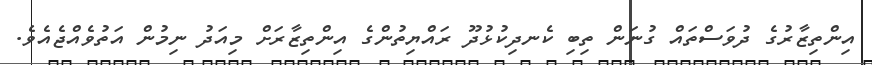
އިންތިޒާރުގެ ދުވަސްތައް ގުނަން ތިބި ކެނދިކުޅުދޫ ރައްޔިތުންގެ އިންތިޒާރަށް މިއަދު ނިމުން އަތުވެއްޖެއެވެ.